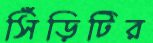
সিঁড়িটির